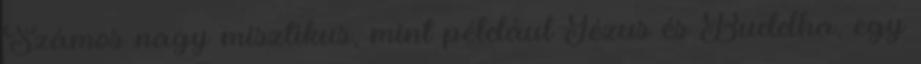
Számos nagy misztikus, mint például Jézus és Buddha, egy